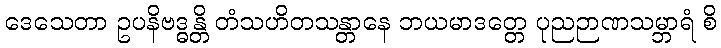
ဒေသေတာ ဥပနိဗဒ္ဓန္တိ တံသဟိတသန္တာနေ ဘယမာဒတ္တေ ပုညဉာဏသမ္ဘာရံ စိ